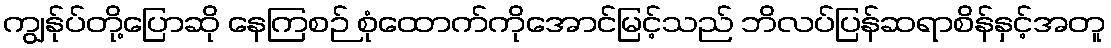
ကျွန်ုပ်တို့ပြောဆို နေကြစဉ် စုံထောက်ကိုအောင်မြင့်သည် ဘိလပ်ပြန်ဆရာစိန်နှင့်အတူ